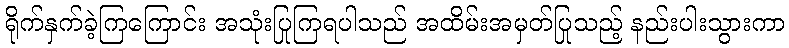
ရိုက်နှက်ခဲ့ကြကြောင်း အသုံးပြုကြရပါသည် အထိမ်းအမှတ်ပြုသည့် နည်းပါးသွားကာ